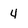
Character: 4